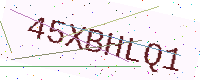
Text: 45XBHLQ1